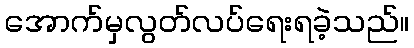
အောက်မှလွတ်လပ်ရေးရခဲ့သည်။